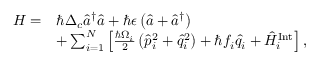
\begin{array} { r l } { H = } & { \hbar \Delta _ { c } \hat { a } ^ { \dagger } \hat { a } + \hbar \epsilon \left( \hat { a } + \hat { a } ^ { \dagger } \right) } \\ & { + \sum _ { i = 1 } ^ { N } \left[ \frac { \hbar \Omega _ { i } } { 2 } \left( \hat { p } _ { i } ^ { 2 } + \hat { q } _ { i } ^ { 2 } \right) + \hbar f _ { i } \hat { q } _ { i } + \hat { H } _ { i } ^ { \mathrm { I n t } } \right] , } \end{array}